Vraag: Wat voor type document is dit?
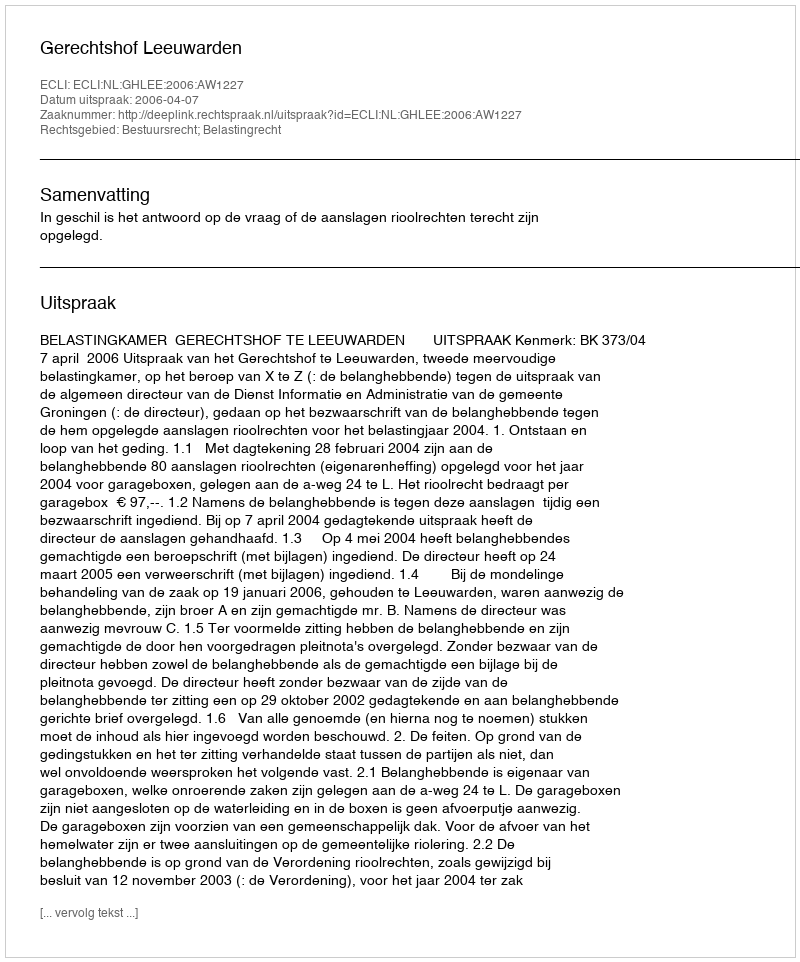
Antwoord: Uitspraak